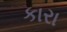
કારા